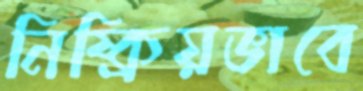
নিষ্ক্রিয়ভাবে